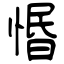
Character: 惽